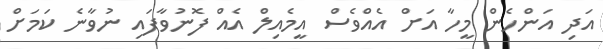
އަދި އަންހެން މީހާ އަށް އެއްވެސް އީމެއިލް އެއް ފޮނުވާފައި ނުވާނެ ކަމަށް